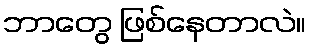
ဘာတွေ ဖြစ်နေတာလဲ။